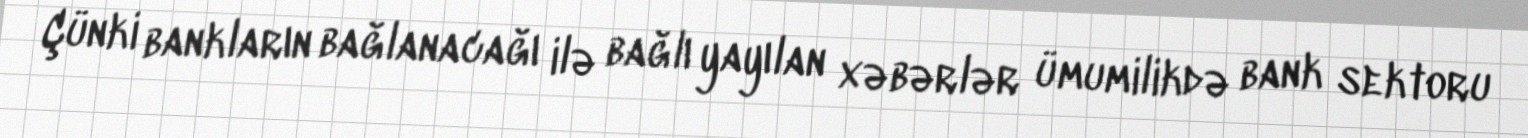
Çünki bankların bağlanacağı ilə bağlı yayılan xəbərlər ümumilikdə bank sektoru